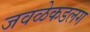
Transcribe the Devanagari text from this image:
जवळेकडलग